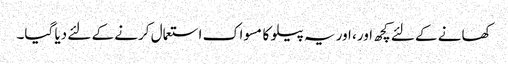
کھانے کے لئے کچھ اور، اور یہ پیلو کا مسواک استعمال کرنے کے لئے دیا گیا۔